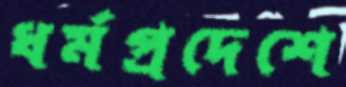
ধর্মপ্রদেশে